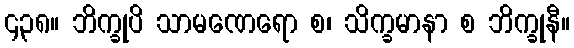
၄၃၈။ ဘိက္ခုပိ သာမဏေရော စ၊ သိက္ခမာနာ စ ဘိက္ခုနီ။